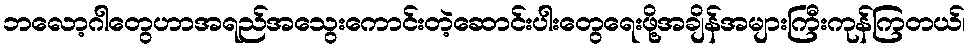
ဘလော့ဂါတွေဟာအရည်အသွေးကောင်းတဲ့ဆောင်းပါးတွေရေးဖို့အချိန်အများကြီးကုန်ကြတယ်၊